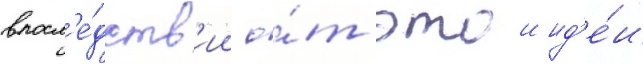
впосл'е́дств'ии о́т этои ид'е́и